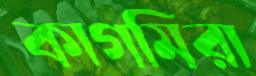
কাগমিরা